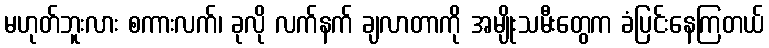
မဟုတ်ဘူးလား စကားလက်၊ ခုလို လက်နက် ချလာတာကို အမျိုးသမီးတွေက ခံပြင်းနေကြတယ်